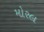
મોરલ